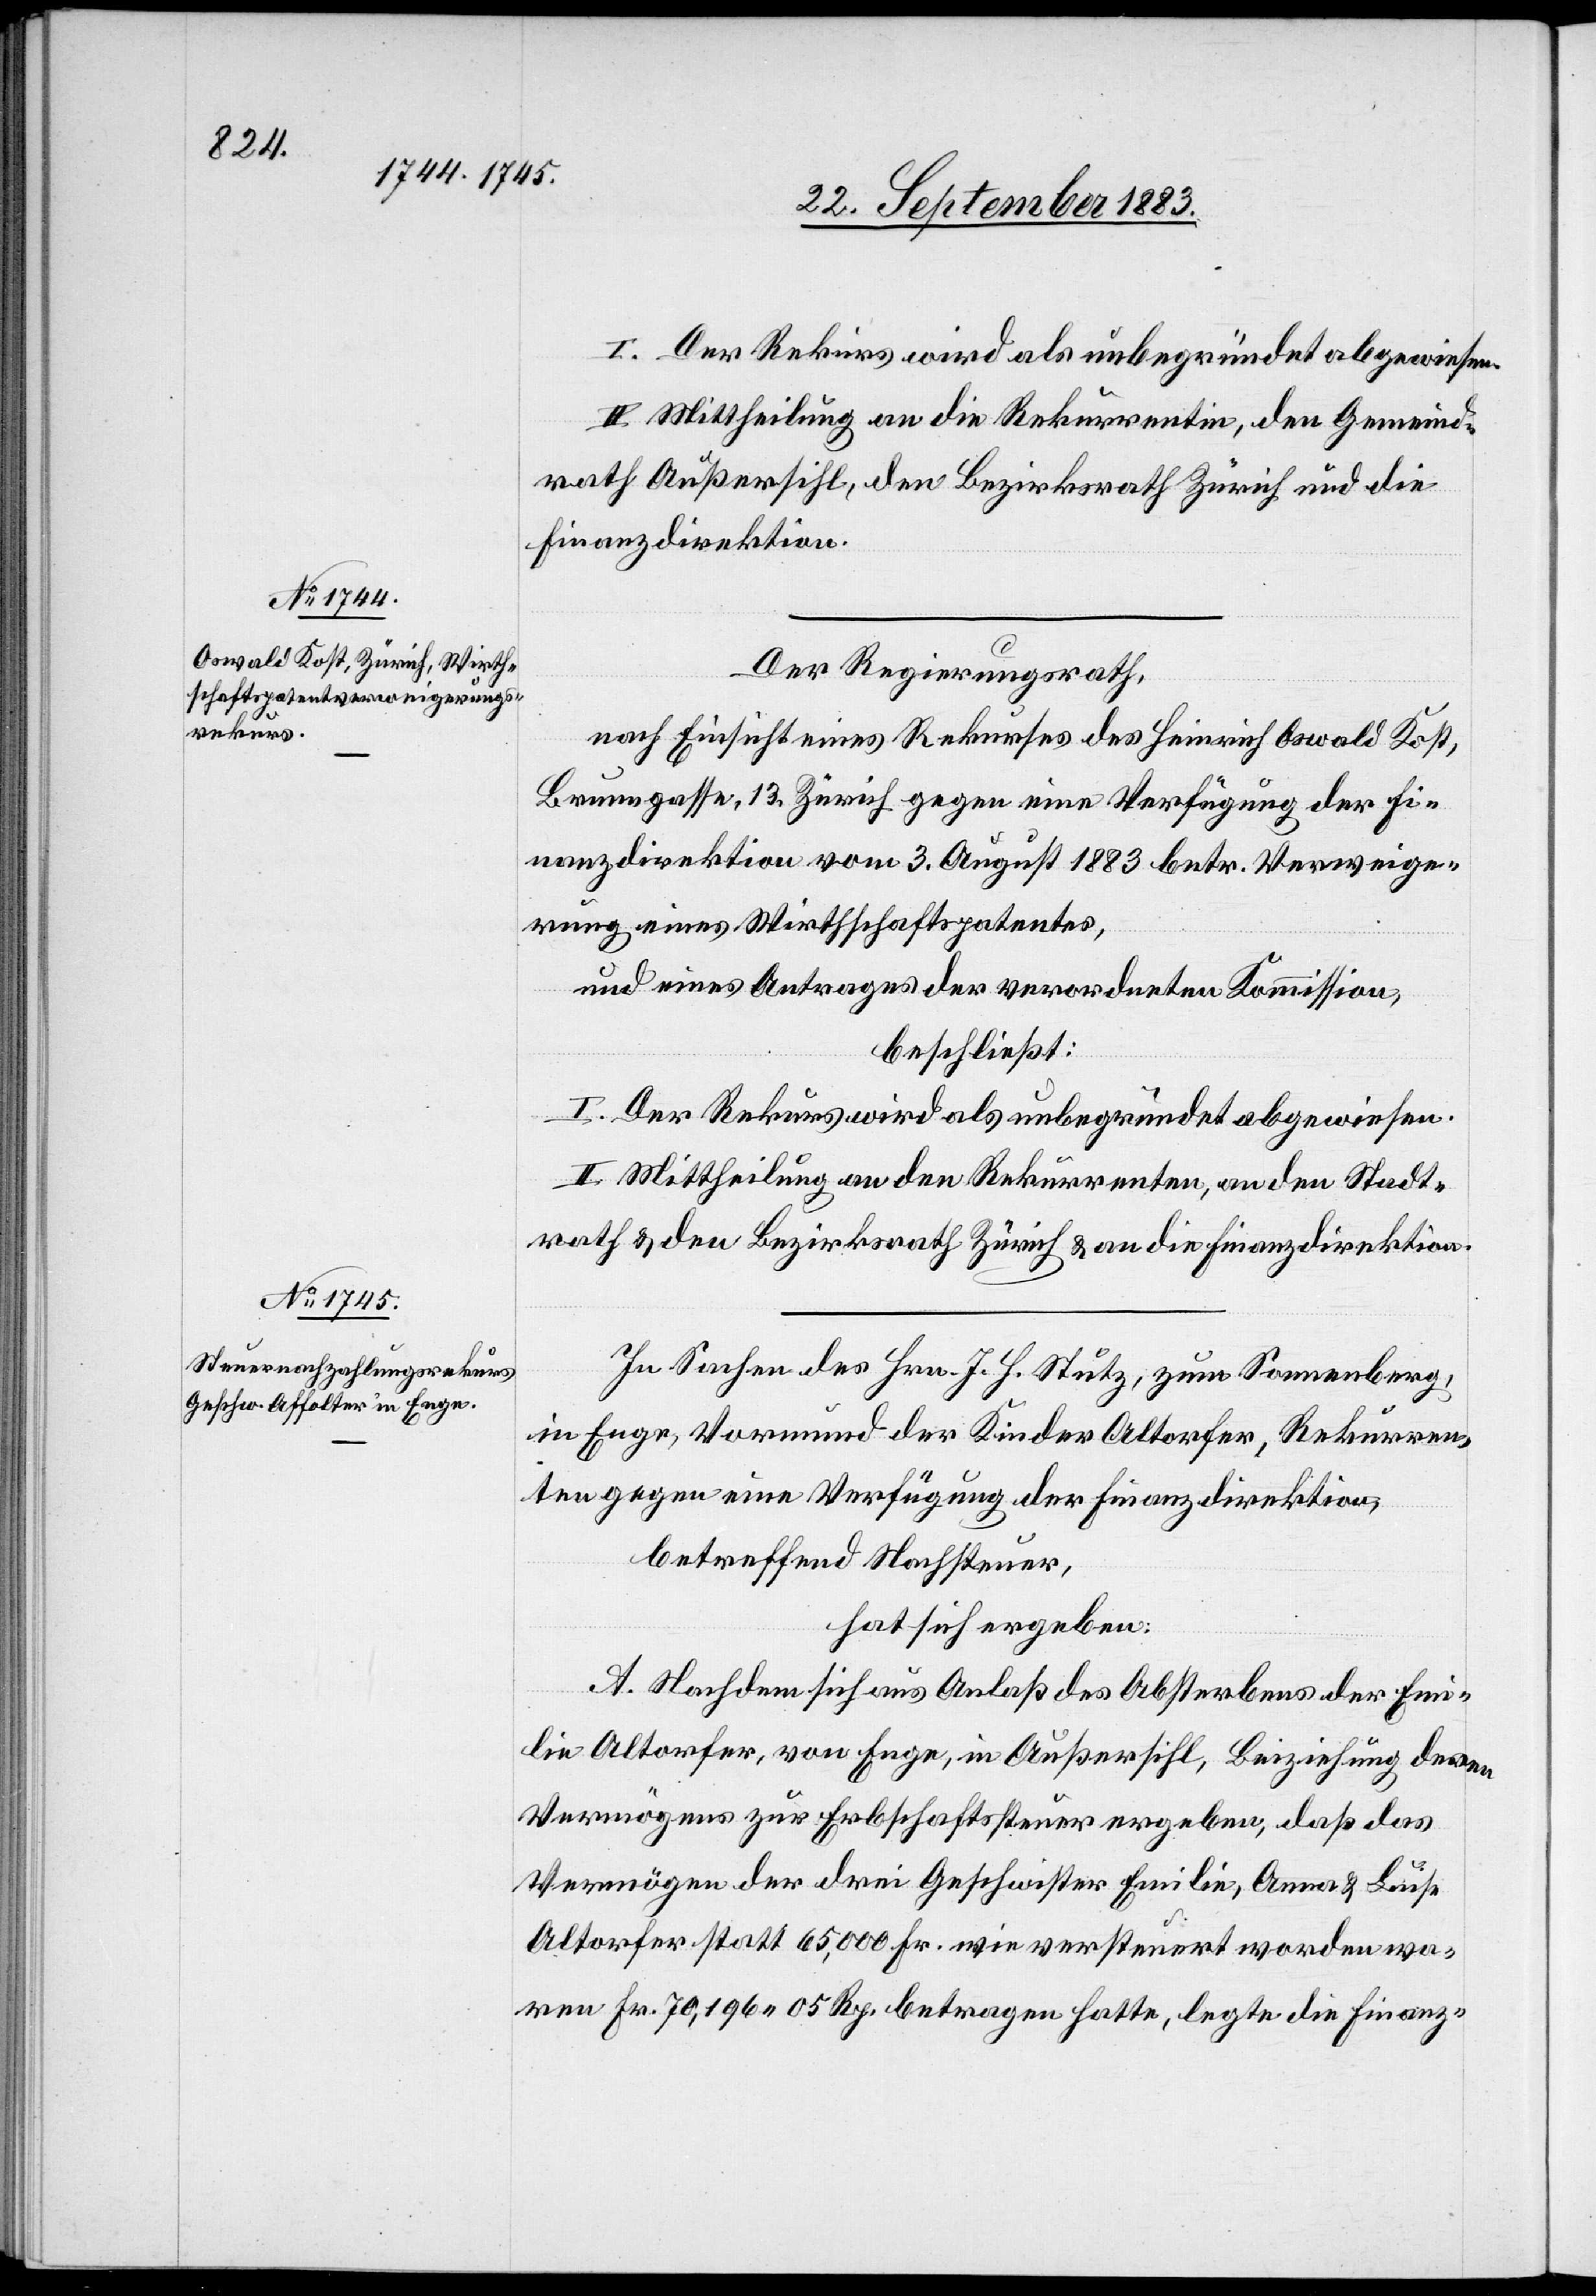
I. Der Rekurs wird als unbegründet abgewiesen.
II. Mittheilung an die Rekurrentin, den Gemeind¬
rath Außersihl, den Bezirksrath Zürich und die
Finanzdirektion.
Der Regierungsrath,
nach Einsicht eines Rekurses des Heinrich Oswald Kost,
Brunngasse, 13, Zürich gegen eine Verfügung der Fi¬
nanzdirektion vom 3. August 1883 betr. Verweige¬
rung eines Wirthschaftspatentes,
und eines Antrages der verordneten Kommission,
beschließt:
I. Der Rekurs wird als unbegründet abgewiesen.
II. Mittheilung an den Rekurrenten, an den Stadt¬
rath & den Bezirksrath Zürich & an die Finanzdirektion.
In Sachen des Hrn. J. H. Stutz, zum Sonnenberg,
in Enge, Vormund der Kinder Altorfer [sic!], Rekurren¬
ten gegen eine Verfügung der Finanzdirektion,
betreffend Nachsteuer,
hat sich ergeben:
A. Nachdem sich aus Anlaß des Absterbens der Emi¬
lie Altorfer, von Enge, in Außersihl, Beiziehung [sic!]
Vermögens zur Erbschaftssteuer ergeben, daß das
Vermögen der drei Geschwister Emilie, Anna & Luise
Altorfer statt 65,000 Fr. wie versteuert worden wa¬
ren Fr. 70,196 05 Rp. betragen hatte, legte die Finanz-